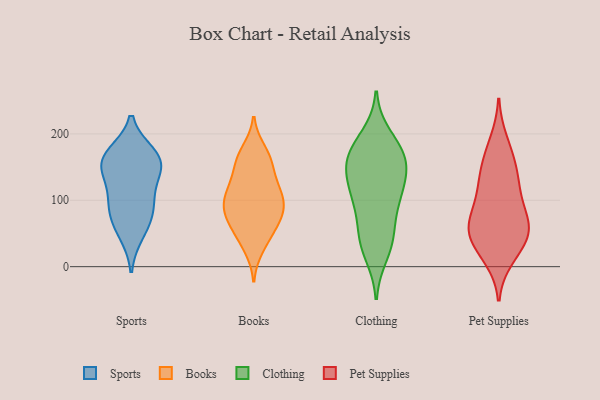
{"axis": {"x": "Conversion Rate (%)", "y": "Value"}, "legend": ["Books", "Clothing", "Pet Supplies", "Sports"], "data": [{"x": "", "y": 50, "type": "Sports"}, {"x": "", "y": 70, "type": "Sports"}, {"x": "", "y": 169, "type": "Sports"}, {"x": "", "y": 151, "type": "Sports"}, {"x": "", "y": 86, "type": "Sports"}, {"x": "", "y": 97, "type": "Sports"}, {"x": "", "y": 117, "type": "Sports"}, {"x": "", "y": 155, "type": "Sports"}, {"x": "", "y": 155, "type": "Sports"}, {"x": "", "y": 165, "type": "Sports"}, {"x": "", "y": 59, "type": "Books"}, {"x": "", "y": 37, "type": "Books"}, {"x": "", "y": 87, "type": "Books"}, {"x": "", "y": 73, "type": "Books"}, {"x": "", "y": 28, "type": "Books"}, {"x": "", "y": 54, "type": "Books"}, {"x": "", "y": 77, "type": "Books"}, {"x": "", "y": 158, "type": "Books"}, {"x": "", "y": 93, "type": "Books"}, {"x": "", "y": 111, "type": "Books"}, {"x": "", "y": 117, "type": "Books"}, {"x": "", "y": 93, "type": "Books"}, {"x": "", "y": 154, "type": "Books"}, {"x": "", "y": 175, "type": "Books"}, {"x": "", "y": 123, "type": "Books"}, {"x": "", "y": 102, "type": "Books"}, {"x": "", "y": 74, "type": "Books"}, {"x": "", "y": 170, "type": "Books"}, {"x": "", "y": 116, "type": "Books"}, {"x": "", "y": 150, "type": "Books"}, {"x": "", "y": 162, "type": "Clothing"}, {"x": "", "y": 118, "type": "Clothing"}, {"x": "", "y": 140, "type": "Clothing"}, {"x": "", "y": 49, "type": "Clothing"}, {"x": "", "y": 173, "type": "Clothing"}, {"x": "", "y": 39, "type": "Clothing"}, {"x": "", "y": 19, "type": "Clothing"}, {"x": "", "y": 96, "type": "Clothing"}, {"x": "", "y": 106, "type": "Clothing"}, {"x": "", "y": 42, "type": "Clothing"}, {"x": "", "y": 176, "type": "Clothing"}, {"x": "", "y": 164, "type": "Clothing"}, {"x": "", "y": 158, "type": "Clothing"}, {"x": "", "y": 95, "type": "Clothing"}, {"x": "", "y": 196, "type": "Clothing"}, {"x": "", "y": 133, "type": "Clothing"}, {"x": "", "y": 26, "type": "Pet Supplies"}, {"x": "", "y": 159, "type": "Pet Supplies"}, {"x": "", "y": 70, "type": "Pet Supplies"}, {"x": "", "y": 57, "type": "Pet Supplies"}, {"x": "", "y": 55, "type": "Pet Supplies"}, {"x": "", "y": 125, "type": "Pet Supplies"}, {"x": "", "y": 188, "type": "Pet Supplies"}, {"x": "", "y": 68, "type": "Pet Supplies"}, {"x": "", "y": 117, "type": "Pet Supplies"}, {"x": "", "y": 58, "type": "Pet Supplies"}, {"x": "", "y": 40, "type": "Pet Supplies"}, {"x": "", "y": 152, "type": "Pet Supplies"}, {"x": "", "y": 14, "type": "Pet Supplies"}, {"x": "", "y": 105, "type": "Pet Supplies"}]}